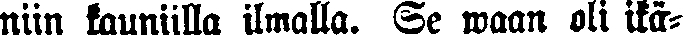
niin kauniilla ilmalla. Se waan oli ikä-